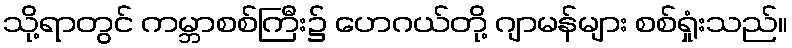
သို့ရာတွင် ကမ္ဘာစစ်ကြီး၌ ဟေဂယ်တို့ ဂျာမန်များ စစ်ရှုံးသည်။